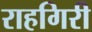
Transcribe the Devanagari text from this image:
राहगिरी